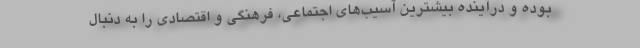
بوده و درآینده بیشترین آسیب‌های اجتماعی، فرهنگی و اقتصادی را به دنبال